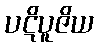
ပဋိပူဇိယ